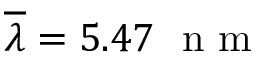
\overline { { \lambda } } = 5 . 4 7 ~ \textrm { n m }